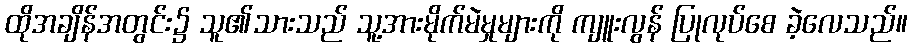
ထိုအချိန်အတွင်း၌ သူ၏သားသည် သူ့အားမိုက်မဲမှုများကို ကျူးလွန် ပြုလုပ်စေ ခဲ့လေသည်။